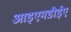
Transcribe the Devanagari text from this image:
आइएमडीईए